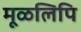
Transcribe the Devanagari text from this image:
मूळलिपि